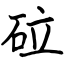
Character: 砬